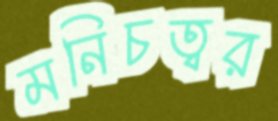
মনিচত্বর